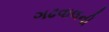
ગઢવાલની